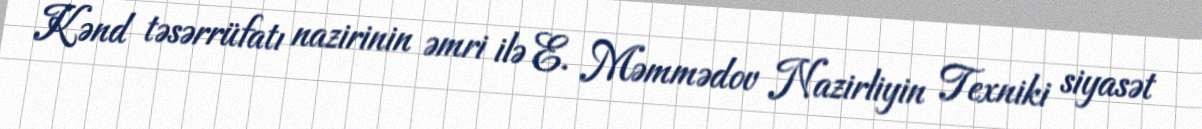
Kənd təsərrüfatı nazirinin əmri ilə E. Məmmədov Nazirliyin Texniki siyasət